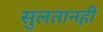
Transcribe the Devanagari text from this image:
सुलतानही